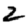
Digit: 2